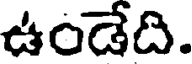
ఉండేది.